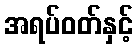
အရပ်ဝတ်နှင့်